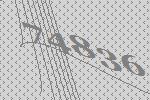
74836